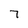
Character: 7